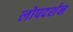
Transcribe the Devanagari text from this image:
लोपदर्शन